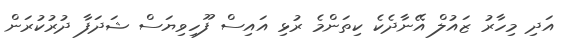
އަދި މިހާރު ޒައުލް އޭނާދެކެ ކިތަންމެ ރުޅި އައިސް ފޫހިވިޔަސް ޝަދަފާ ދުރުކުރަން